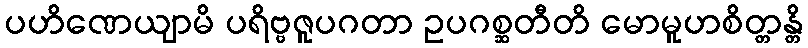
ပဟိဏေယျာမိ ပရိဗ္ဗဇူပဂတာ ဥပဂစ္ဆတီတိ မောမူဟစိတ္တန္တိ